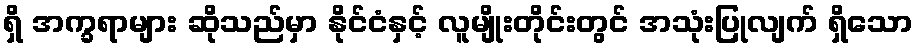
ရှိ အက္ခရာများ ဆိုသည်မှာ နိုင်ငံနှင့် လူမျိုးတိုင်းတွင် အသုံးပြုလျက် ရှိသော